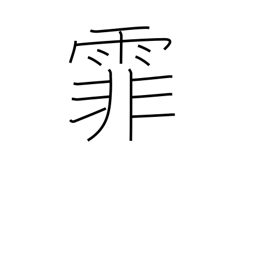
Meaning: falling rain or snow